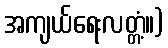
အကျယ်ရေးလတ္တံ့။)